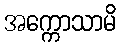
အက္ကောသာမိ